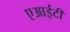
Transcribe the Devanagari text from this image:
एआईटी